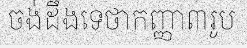
ចង់ដឹងទេថាកញ្ញា៣រូប